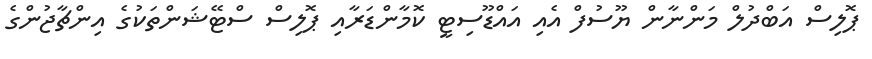
ޕޮލިސް އަބްދުލް މަންނާން ޔޫސުފް އެއި އައްޑޫސިޓީ ކޮމާންޑަރާއި ޕޮލިސް ސްޓޭޝަންތަކުގެ އިންޗާޖުންގެ